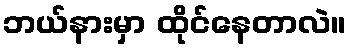
ဘယ်နားမှာ ထိုင်နေတာလဲ။